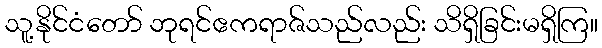
သူ့နိုင်ငံတော် ဘုရင်ဧကရာဇ်သည်လည်း သိရှိခြင်းမရှိကြ။